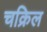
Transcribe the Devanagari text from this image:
चक्रिल